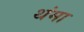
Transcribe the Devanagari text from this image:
थंमा